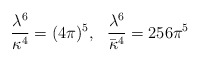
\begin{align*}\frac{\lambda^6}{\kappa^4} = (4\pi)^5,\ \ \frac{\lambda^6}{\bar{\kappa}^4} = 256 \pi^5\end{align*}